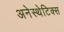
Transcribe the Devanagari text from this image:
अनेस्थेटिक्स